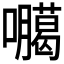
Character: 𭌫